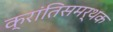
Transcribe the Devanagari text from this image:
क्रांतिसमर्थक